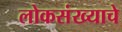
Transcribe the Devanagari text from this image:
लोकसंख्याचे